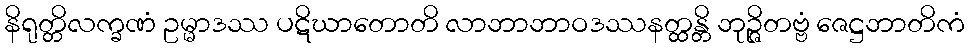
နိရုတ္တိလက္ခဏံ ဥမ္မာဒဿ ပဋိဃာတောတိ လာဘာဘာဝဒဿနတ္ထန္တိ ဘုဉ္ဇိတဗ္ဗံ ဇေဋ္ဌဘာတိကံ